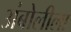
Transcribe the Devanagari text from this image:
अंबोलीला